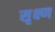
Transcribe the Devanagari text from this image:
सृक्ष्‍ण